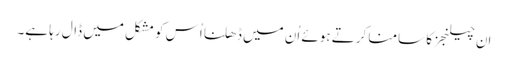
اِن چیلنجز کا سامنا کرتے ہوئے اُن میں ڈھلنا اُس کو مشکل میں ڈال رہا ہے۔